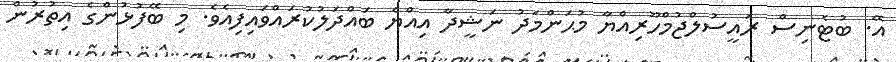
އޭ. ބުޓެނިސް ރައީސުލްޖުމްހޫރިއްޔާ މުޙަންމަދު ނަޝީދާ އިއްޔެ ބައްދަލުކުރައްވައިފިއެވެ. މި ބޭފުޅުންގެ އިތުރުން